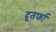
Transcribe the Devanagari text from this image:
दूतर्फा